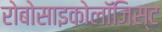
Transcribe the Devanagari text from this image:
रोबोसाइकोलॉजिस्ट